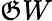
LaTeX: \mathfrak{G}W